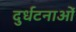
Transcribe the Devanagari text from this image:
दुर्धटनाओं